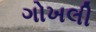
ગોખલી